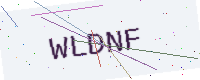
Text: WLDNF